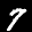
Label: 7